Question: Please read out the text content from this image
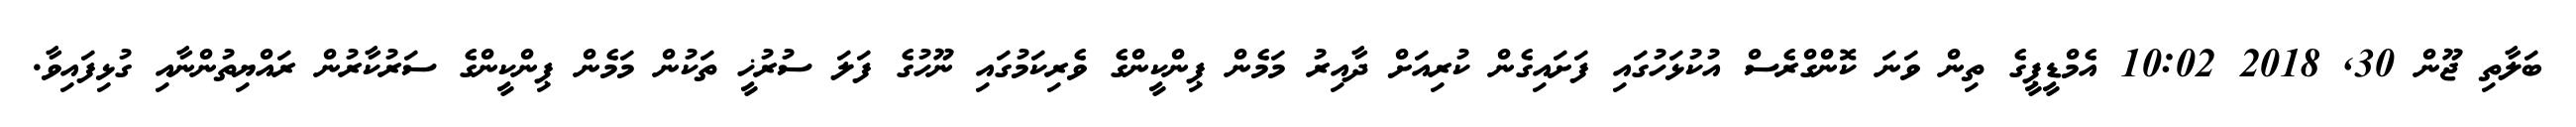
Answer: ބަލާތި ޖޫން 30, 2018 10:02 އެމްޑީޕީގެ ތިން ވަނަ ކޮންގްރެސް އުކުޅަހުގައި ފަށައިގެން ކުރިއަށް ދާއިރު މަމެން ޕިންކީންގެ ވެރިކަމުގައި ނޫހުގެ ފަލަ ސުރުޚީ ތަކުން މަމެން ޕިންކީންގެ ސަރުކާރުން ރައްޔިތުންނާއި ގުޅިފައިވާ.